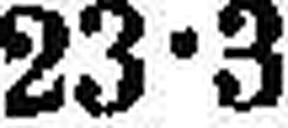
23•3